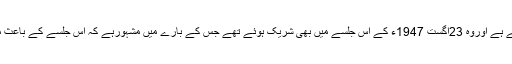
محمدانورعباسی کاتعلق نیلہ بٹ سے ہے اوروہ 23اگست 1947ء کے اُس جلسے میں بھی شریک ہوئے تھے جس کے بارے میں مشہورہے کہ اُس جلسے کے باعث موجودہ آزادکشمیر وجود میں آیاتھا۔